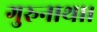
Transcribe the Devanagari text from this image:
गुरुनाथा।